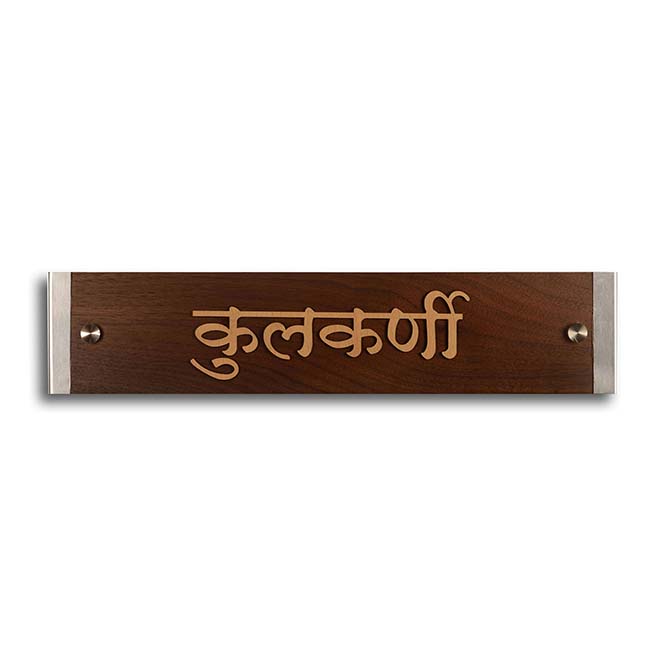
Language: marathi
Transcription: कुलकर्णी